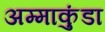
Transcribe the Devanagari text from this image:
अम्माकुंडा